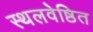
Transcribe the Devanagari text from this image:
स्थलवेष्ठित